Vaccination in Burma 1920-1933 - 1920-1933
Year: 1920
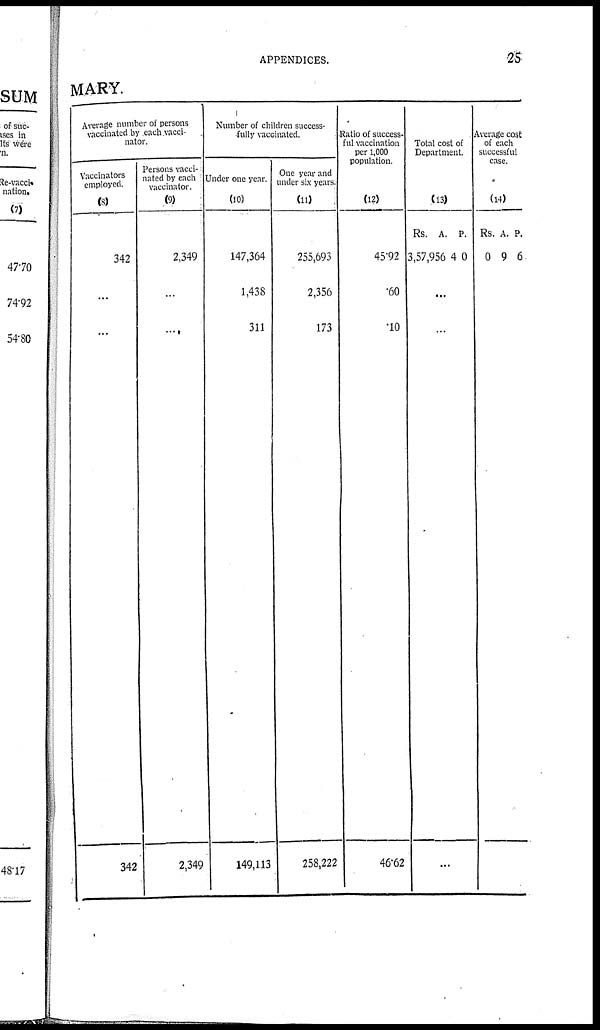
APPENDICES.
25
MARY.
Average number of persons
vaccinated by each vacci-
nator.
Vaccinators
employed.
(8)
342
...
...
342
Persons vacci-
nated by each
vaccinator.
(9)
2,349
...
...
2,349
Number of children success-
fully vaccinated.
Under one year.
(10)
147,364
1,438
311
149,113
One year and
under six years.
(11)
255,693
2,356
173
258,222
Ratio of success-
ful vaccination
per 1,000
population.
(12)
45.92
.60
.10
46.62
Total cost of
Department.
(13)
Rs.
3,57,956
A.
4
P.
0
...
...
...
Average cost
of each
successful
case.
(14)
Rs.
0
A.
9
P.
6
...
...
...